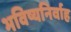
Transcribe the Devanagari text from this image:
भविष्यनिर्वाह